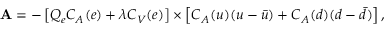
{ \bf A } = - \left[ Q _ { e } C _ { A } ( e ) + \lambda C _ { V } ( e ) \right] \times \left[ C _ { A } ( u ) ( u - \bar { u } ) + C _ { A } ( d ) ( d - \bar { d } ) \right] ,